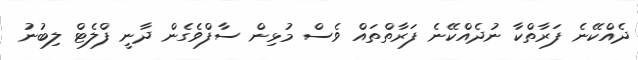
ދެއްކޭނެ ފަރާތްކާ ނުދެއްކޭނެ ފަރާތްތައް ވެސް މުޅިން ސާފްވެގެން ދާނީ ފްލެޓް ލިބުނު